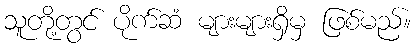
သူတို့တွင် ပိုက်ဆံ များများရှိမှ ဖြစ်မည်။